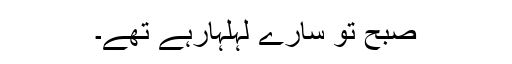
صبح تو سارے لہلہارہے تھے۔